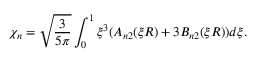
\chi _ { n } = \sqrt { \frac { 3 } { 5 \pi } } \int _ { 0 } ^ { 1 } \xi ^ { 3 } ( A _ { n 2 } ( \xi R ) + 3 B _ { n 2 } ( \xi R ) ) d \xi .